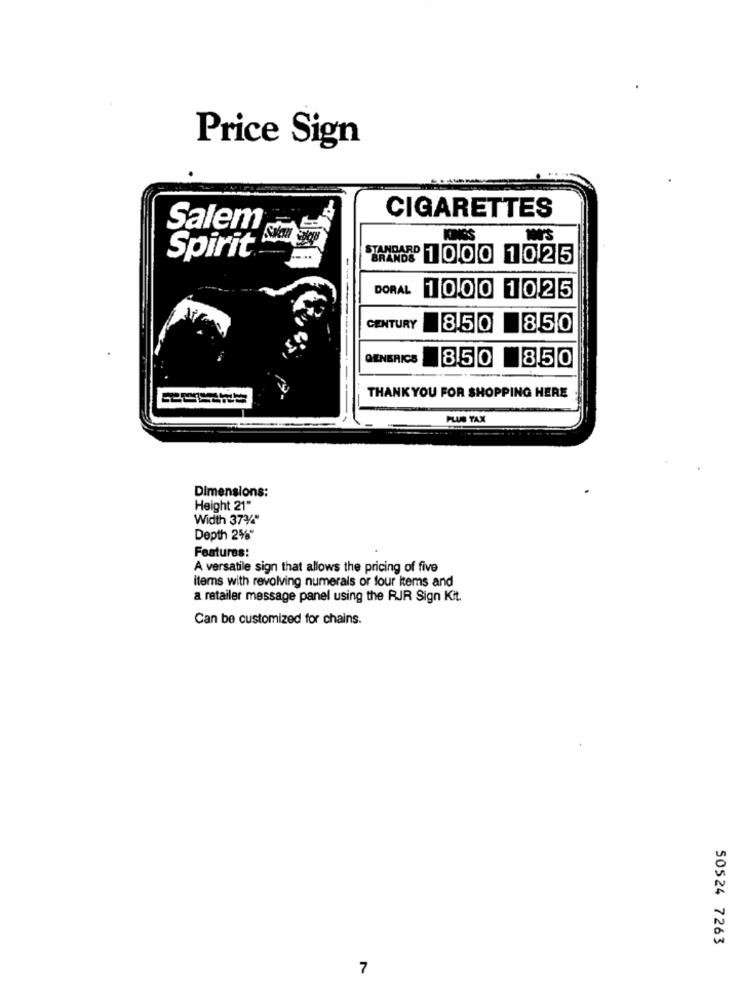
Price Sign
CIGARETTES
Salem
KINGS
Spirit
STARAPP 1000 1025
DORAL
1000 1025
------
CENTURY
850 850
GENERICS
1850 850
THANK YOU FOR SHOPPING HERE
PLUS TAX
Dimensions:
Height 21"
Width 37%"
Depth 2%"
Features:
A versatile sign that allows the pricing of five
items with revolving numerals or four kems and
a retailer message panel using the RIR Sign Kit.
Can be customized for chains.
50524 7263
7